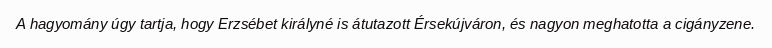
A hagyomány úgy tartja, hogy Erzsébet királyné is átutazott Érsekújváron, és nagyon meghatotta a cigányzene.